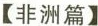
[非洲篇】